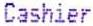
CASHIER